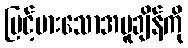
မြင့်မားသောအပူချိန်ကို